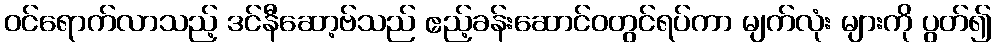
ဝင်ရောက်လာသည့် ဒင်နီဆော့ဗ်သည် ဧည့်ခန်းဆောင်ဝတွင်ရပ်ကာ မျက်လုံး များကို ပွတ်၍